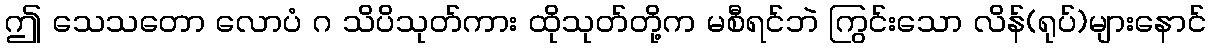
ဤ သေသတော လောပံ ဂ သိပိသုတ်ကား ထိုသုတ်တို့က မစီရင်ဘဲ ကြွင်းသော လိန်(ရုပ်)များနောင်